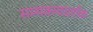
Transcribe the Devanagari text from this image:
सम्यक्त्वदर्शक